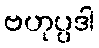
ဗဟုပ္ပဒါ